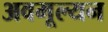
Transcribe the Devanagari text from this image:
अवमूल्‍यन